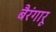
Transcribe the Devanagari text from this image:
बैरंगारू